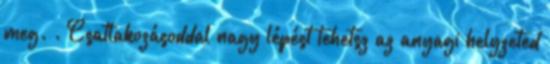
meg. . Csatlakozásoddal nagy lépést tehetsz az anyagi helyzeted